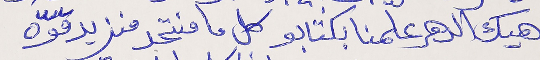
هيك الدهر علّمنا بكتابو كل ما منتحد منزيد قوّه